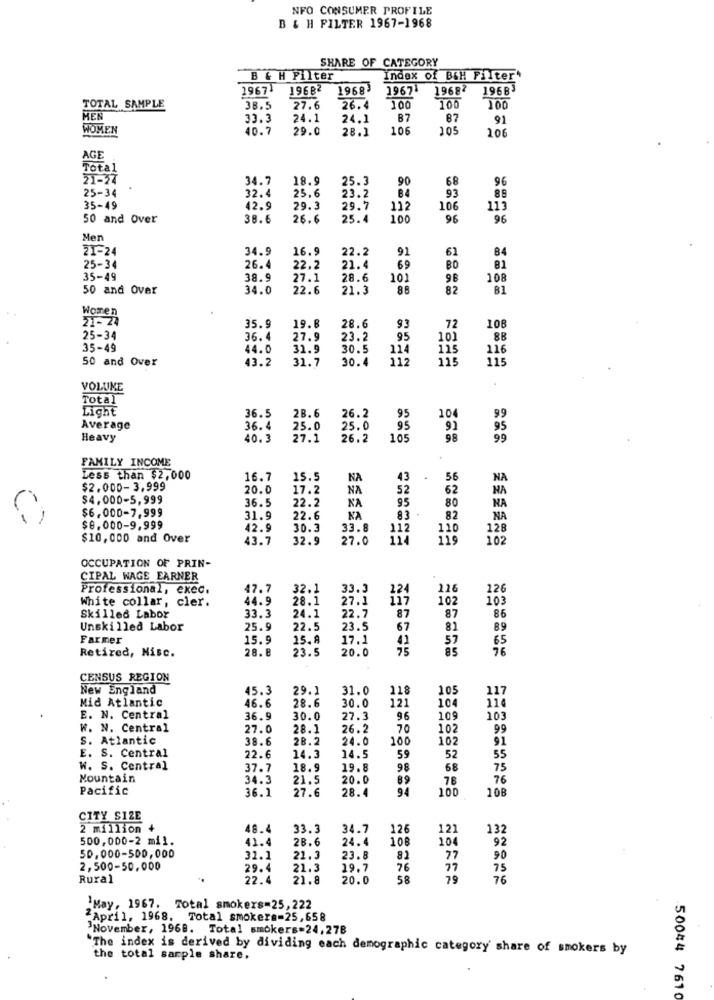
NFO CONSUMER PROFILE
B & H FILTER 1967-1968
SHARE OF CATEGORY
B & H Filter
Index of B&H Filter'
1967
19682
1968
1967
19687
19683
TOTAL SAMPLE
38.5
27.6
26.4
100
100
100
MEN
33.3
24.1
24.1
B7
87
91
WOMEN
40.7
29.0
28.1
106
105
106
AGE
Total
21-27
34.7
18.9
25.3
90
68
96
25-34
93
32.4
25.6
23.2
84
89
35-49
42.9
29.3
29.7
112
106
113
50 and Over
38.6
26.6
25.4
100
96
96
Men
21-24
34.9
16.9
22.2
91
61
84
69
25-34
26.4
22.2
21.4
BO
81
35-49
38.9
27.1
28.6
10)
98
108
50 and Over
34.0
22.6
21.3
86
82
B1
28.6
35.9
19.8
93
72
108
25-34
36.4
27.9
23.2
95
101
88
35-49
44.0
31.9
30.5
114
115
116
50 and Over
43.2
31.7
30.4
112
115
115
VOLUME
Total
Light
28.6
104
36.5
26.2
95
99
Average
36.4
25.0
25.0
95
91
95
Heavy
40.3
27.1
26.2
105
98
99
FAMILY INCOME
Less than $2,000
16.7
15.5
NA
43
56
NA
$2.000-3.999
20.0
17.2
NA
52
62
NA
$4,000-5,999
22.2
NA
95
NA
$6.000-7,999
36.5
83
80
31.9
22.6
KA
82
NA
$8.000-9,999
42.9
30.3
33.8
112
110
128
$10,000 and Over
43.7
32.9
27.0
119
102
OCCUPATION OF PRIN-
CIPAL WAGE EARNER
Professional, exec.
47.7
32.1
33.3
124
216
126
White collar, cler.
44.9
28.1
27.1
102
103
33.3
22.7
Skilles Labor
24.1
87
87
86
Unskilled Labor
25.9
22.5
23.5
67
81
89
Farmer
15.9
15.8
17.1
41
57
65
Retired, Misc.
28. 8
23.5
20.0
75
85
76
CENSUS REGION
New England
45.3
29.1
31.0
118
105
117
Mid Atlantic
46.6
28.6
30.0
121
104
E. N. Central
36.9
30.0
27.3
96
109
103
W. N. Central
27.0
28.1
26.2
70
102
99
S. Atlantic
38.6
28.2
24.0
100
102
91
E. S. Central
22.6
14.3
14.5
59
52
55
W. S. Central
37.7
18.9
19.8
98
68
75
Mountain
34.3
21.5
20.0
89
76
76
Pacific
36.1
27.6
28.4
94
100
108
CITY SIZE
2 million
48.4
33.3
34.7
126
12)
132
500,000-2 mil.
41.4
28.6
24.4
108
104
92
50,000-500,000
31.1
21.3
23.8
82
77
90
2,500-50,000
29.4
21.3
19.7
76
27
75
Rural
22.4
21.8
20.0
58
79
76
`May, 1967. Total smokers=25, 222
"April, 1968. Total smokers=25,658
"November, 1968. Total smokers=24,278
"The index is derived by dividing each demographic category' share of smokers by
the total sample share.
50044 7610